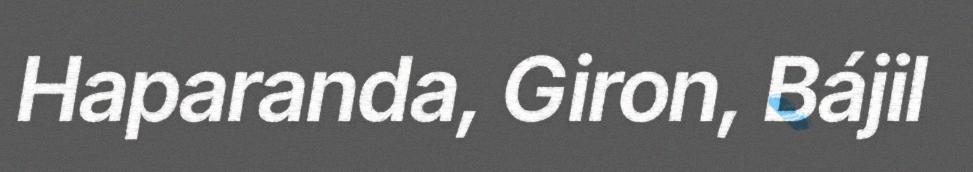
Haparanda, Giron, Bájil